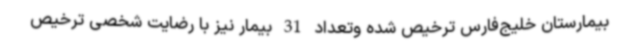
بیمارستان خلیج‌فارس ترخیص شده وتعداد 31 بیمار نیز با رضایت شخصی ترخیص